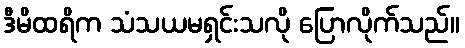
ဒီမိထရိက သံသယမရှင်းသလို ပြောလိုက်သည်။